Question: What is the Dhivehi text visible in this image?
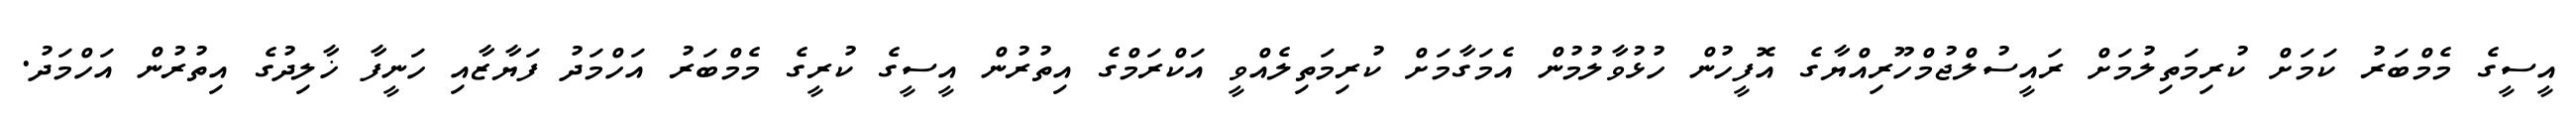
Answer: އީސީގެ މެމްބަރު ކަމަށް ކުރިމަތިލުމަށް ރައީސުލްޖުމްހޫރިއްޔާގެ އޮފީހުން ހުޅުވާލުމުން އެމަގާމަށް ކުރިމަތިލެއްވީ އަކްރަމްގެ އިތުރުން އީސީގެ ކުރީގެ މެމްބަރު އަހްމަދު ފަޔާޒާއި ހަނީފާ ޚާލިދުގެ އިތުރުން އަހްމަދު.